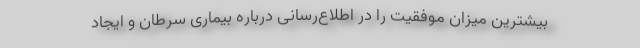
بیشترین میزان موفقیت را در اطلاع‌رسانی درباره بیماری سرطان و ایجاد